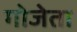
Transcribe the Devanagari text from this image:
गोजेता